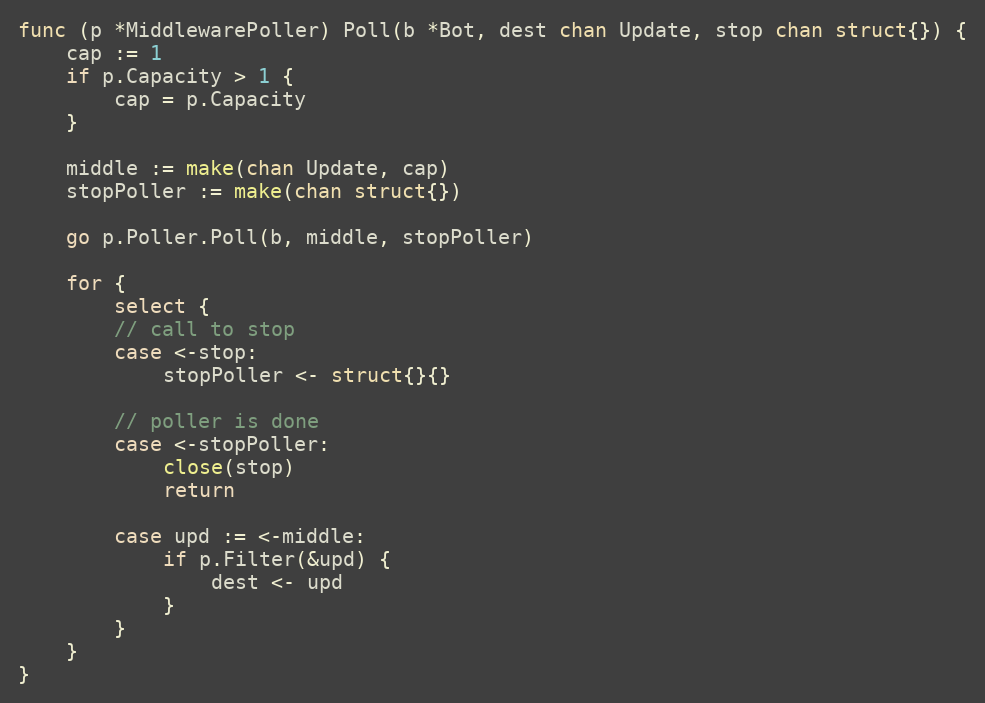
Language: Go
func (p *MiddlewarePoller) Poll(b *Bot, dest chan Update, stop chan struct{}) {
	cap := 1
	if p.Capacity > 1 {
		cap = p.Capacity
	}

	middle := make(chan Update, cap)
	stopPoller := make(chan struct{})

	go p.Poller.Poll(b, middle, stopPoller)

	for {
		select {
		// call to stop
		case <-stop:
			stopPoller <- struct{}{}

		// poller is done
		case <-stopPoller:
			close(stop)
			return

		case upd := <-middle:
			if p.Filter(&upd) {
				dest <- upd
			}
		}
	}
}